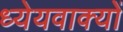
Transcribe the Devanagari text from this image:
ध्येयवाक्यों